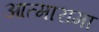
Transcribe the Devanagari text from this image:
आत्मारामा